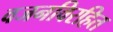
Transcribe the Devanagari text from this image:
वजनविरहित